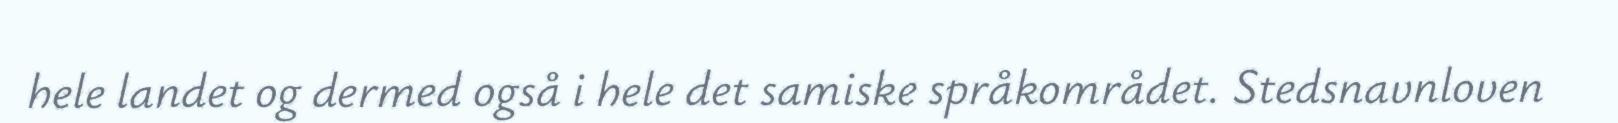
hele landet og dermed også i hele det samiske språkområdet. Stedsnavnloven